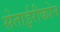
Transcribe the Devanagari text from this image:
सेताईरीकोन